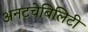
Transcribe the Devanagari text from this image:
अनटचेबिलिटी